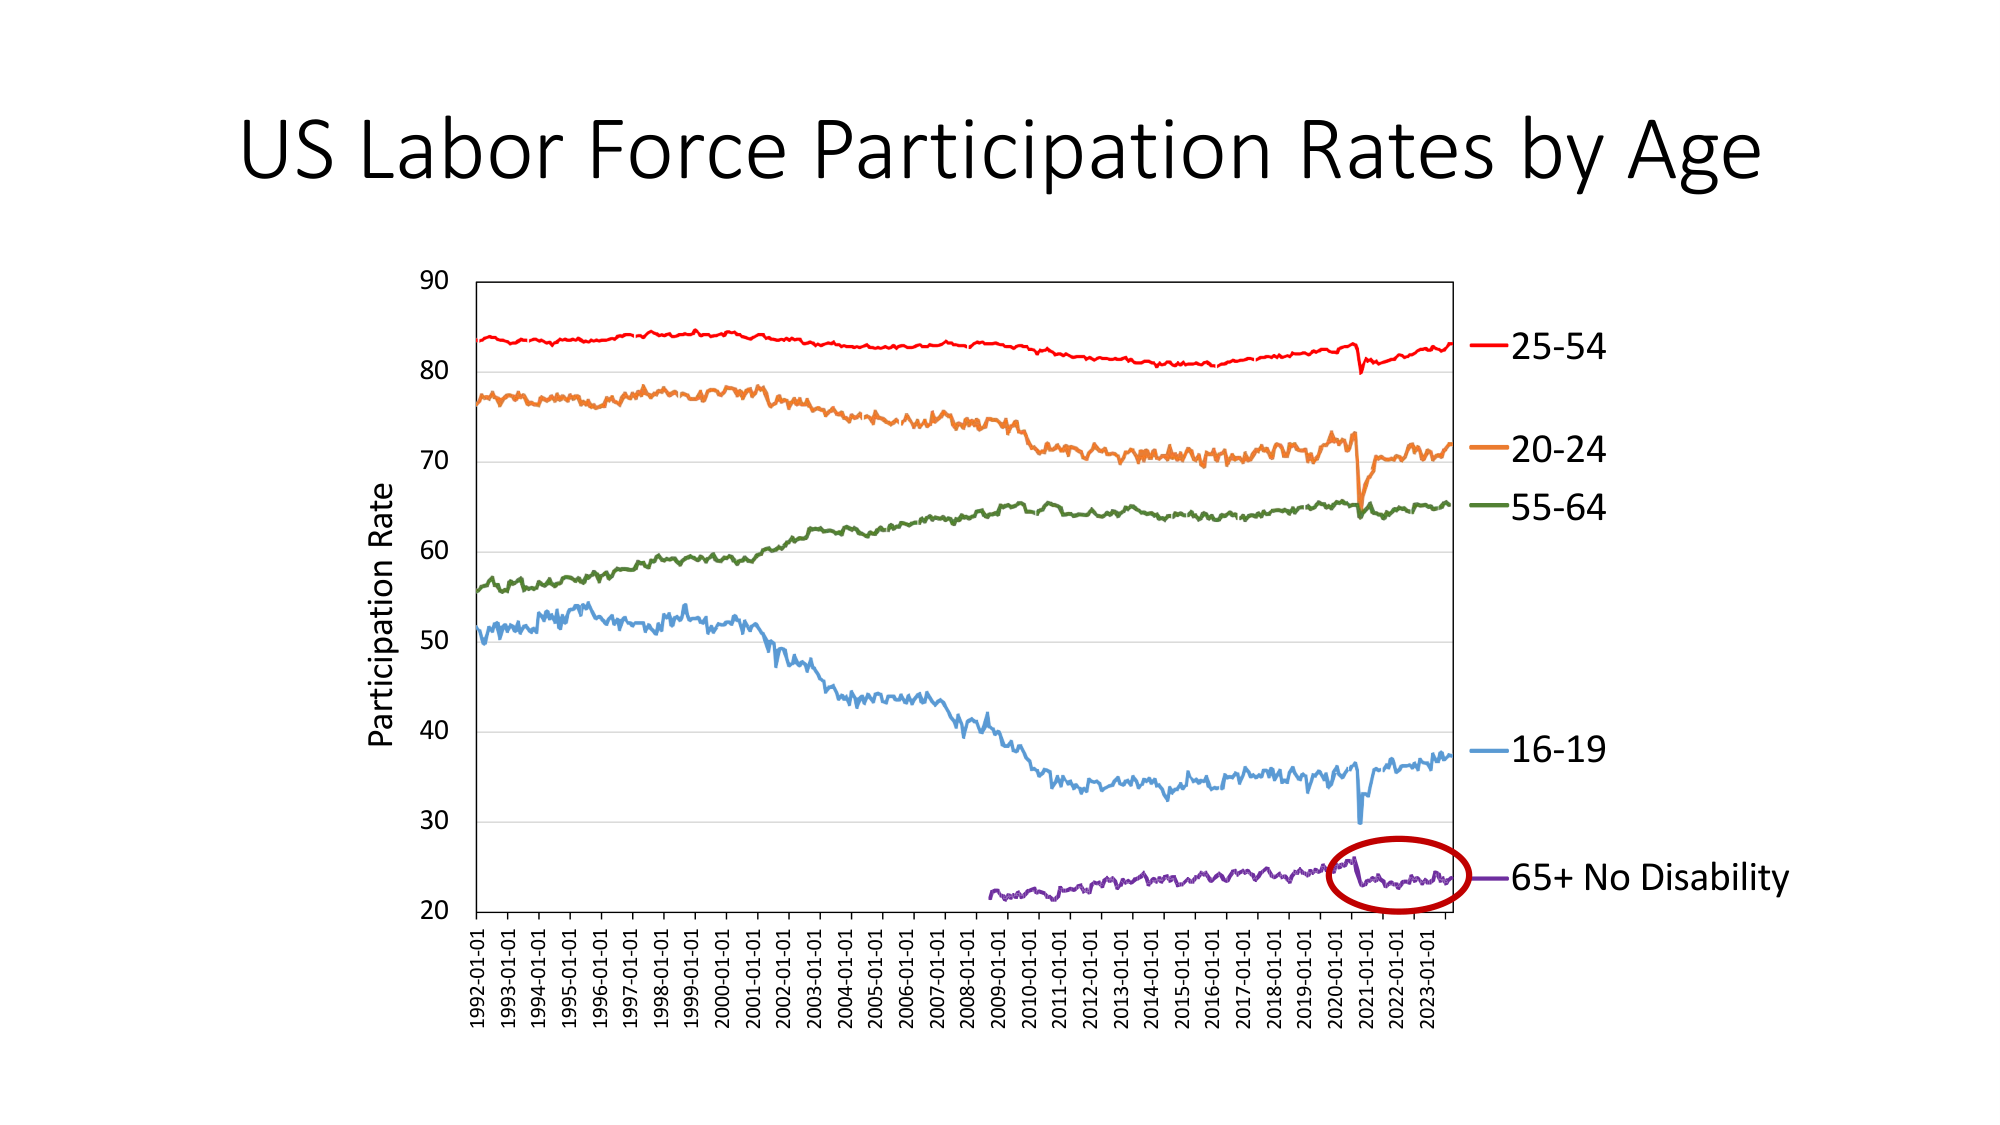
US Labor Force Participation Rates by Age
Participation Rate
90
80
70
60
50
40
30
20
1992-01-01
1993-01-01
1994-01-01
1995-01-01
1996-01-01
1997-01-01
1998-01-01
1999-01-01
2000-01-01
2001-01-01
2002-01-01
2003-01-01
2004-01-01
2005-01-01
2006-01-01
2007-01-01
2008-01-01
2009-01-01
2010-01-01
2011-01-01
2012-01-01
2013-01-01
2014-01-01
2015-01-01
2016-01-01
2017-01-01
2018-01-01
2019-01-01
2020-01-01
2021-01-01
2022-01-01
2023-01-01
25-54
20-24
55-64
16-19
65+ No Disability